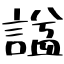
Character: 諡